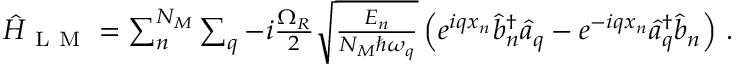
\begin{array} { r } { \hat { H } _ { \mathrm { ~ L ~ M ~ } } = \sum _ { n } ^ { N _ { M } } \sum _ { q } - i \frac { \Omega _ { R } } { 2 } \sqrt { \frac { E _ { n } } { N _ { M } \hbar \omega _ { q } } } \left( e ^ { i q x _ { n } } \hat { b } _ { n } ^ { \dagger } \hat { a } _ { q } - e ^ { - i q x _ { n } } \hat { a } _ { q } ^ { \dagger } \hat { b } _ { n } \right) \, . } \end{array}